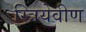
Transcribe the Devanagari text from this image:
स्त्रियेवीण